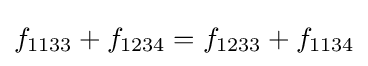
f_{1133}+f_{1234}=f_{1233}+f_{1134}